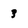
Character: 3